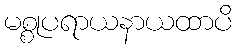
မစ္စုပရာယနာယထာပိ